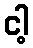
ငါ့